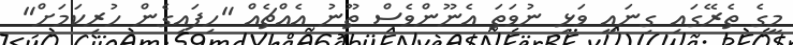
މީގެ ތެރޭގައި ގިނައީ ވަޅި ނުވަތަ އެނޫންވެސް ތޫނު އެއްޗެއް "ހިފައިގެން ހުރިކަމަށް"